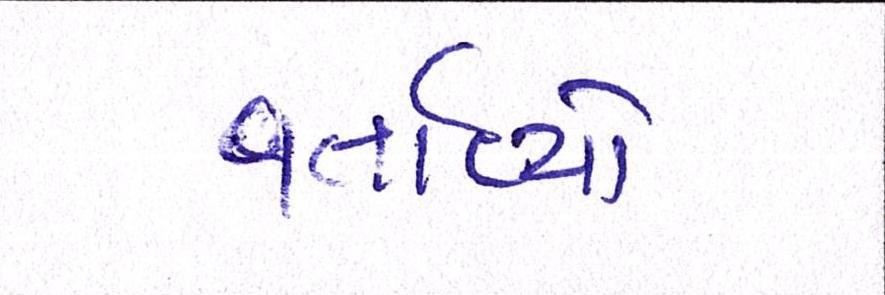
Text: વર્તાવ્યો